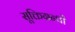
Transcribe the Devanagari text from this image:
सूक्तिग्रन्थों